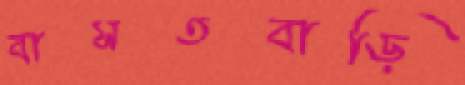
বাসতবাড়ি